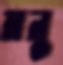
মনু